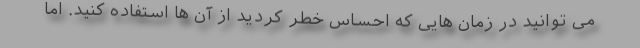
می توانید در زمان هایی که احساس خطر کردید از آن ها استفاده کنید. اما